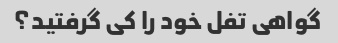
گواهی تفل خود را کی گرفتید؟